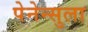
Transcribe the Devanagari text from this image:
पेनेन्सुला